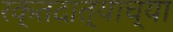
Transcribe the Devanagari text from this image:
रक्तदात्याच्या